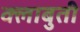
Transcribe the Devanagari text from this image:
क्लाबुती